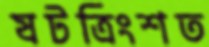
ষটত্রিংশত